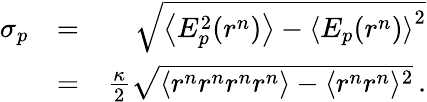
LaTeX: \begin{array}{rlr}{\sigma_{p}}&{=}&{\sqrt{\left\langle E_{p}^{2}(r^{n})\right\rangle-\left\langle E_{p}(r^{n})\right\rangle^{2}}}\\ &{=}&{\frac{\kappa}{2}\sqrt{\langle r^{n}r^{n}r^{n}r^{n}\rangle-\langle r^{n}r^{n}\rangle^{2}}\, .}\end{array}